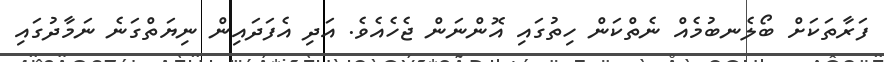
ފަރާތަކަށް ބޯލެނބުމެއް ނެތްކަން ހިތުގައި އޮންނަން ޖެހެއެވެ. އަދި އެފަދައިން ނިޔަތްގަނެ ނަމާދުގައި